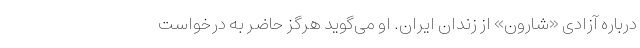
درباره آزادی «شارون» از زندان ایران. او می‌گوید هرگز حاضر به درخواست